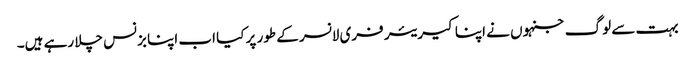
بہت سے لوگ جنہوں نے اپنا کیریئر فری لانسر کے طور پر کیا اب اپنا بزنس چلا رہے ہیں۔